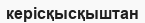
керісқысқыштан